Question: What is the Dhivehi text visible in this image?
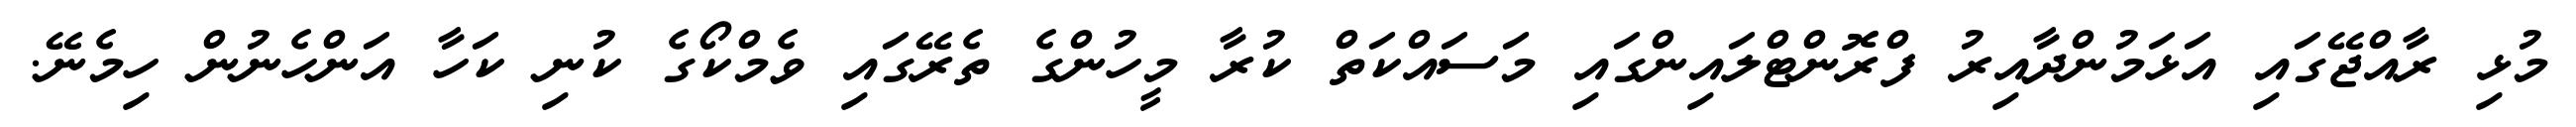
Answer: މުޅި ރާއްޖޭގައި އަޅަމުންދާއިރު ފްރޮންޓްލައިންގައި މަސައްކަތް ކުރާ މީހުންގެ ތެރޭގައި ވެމްކޯގެ ކުނި ކަހާ އަންހެނުން ހިމެނޭ.